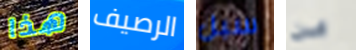
هذا الرصيف سبل من